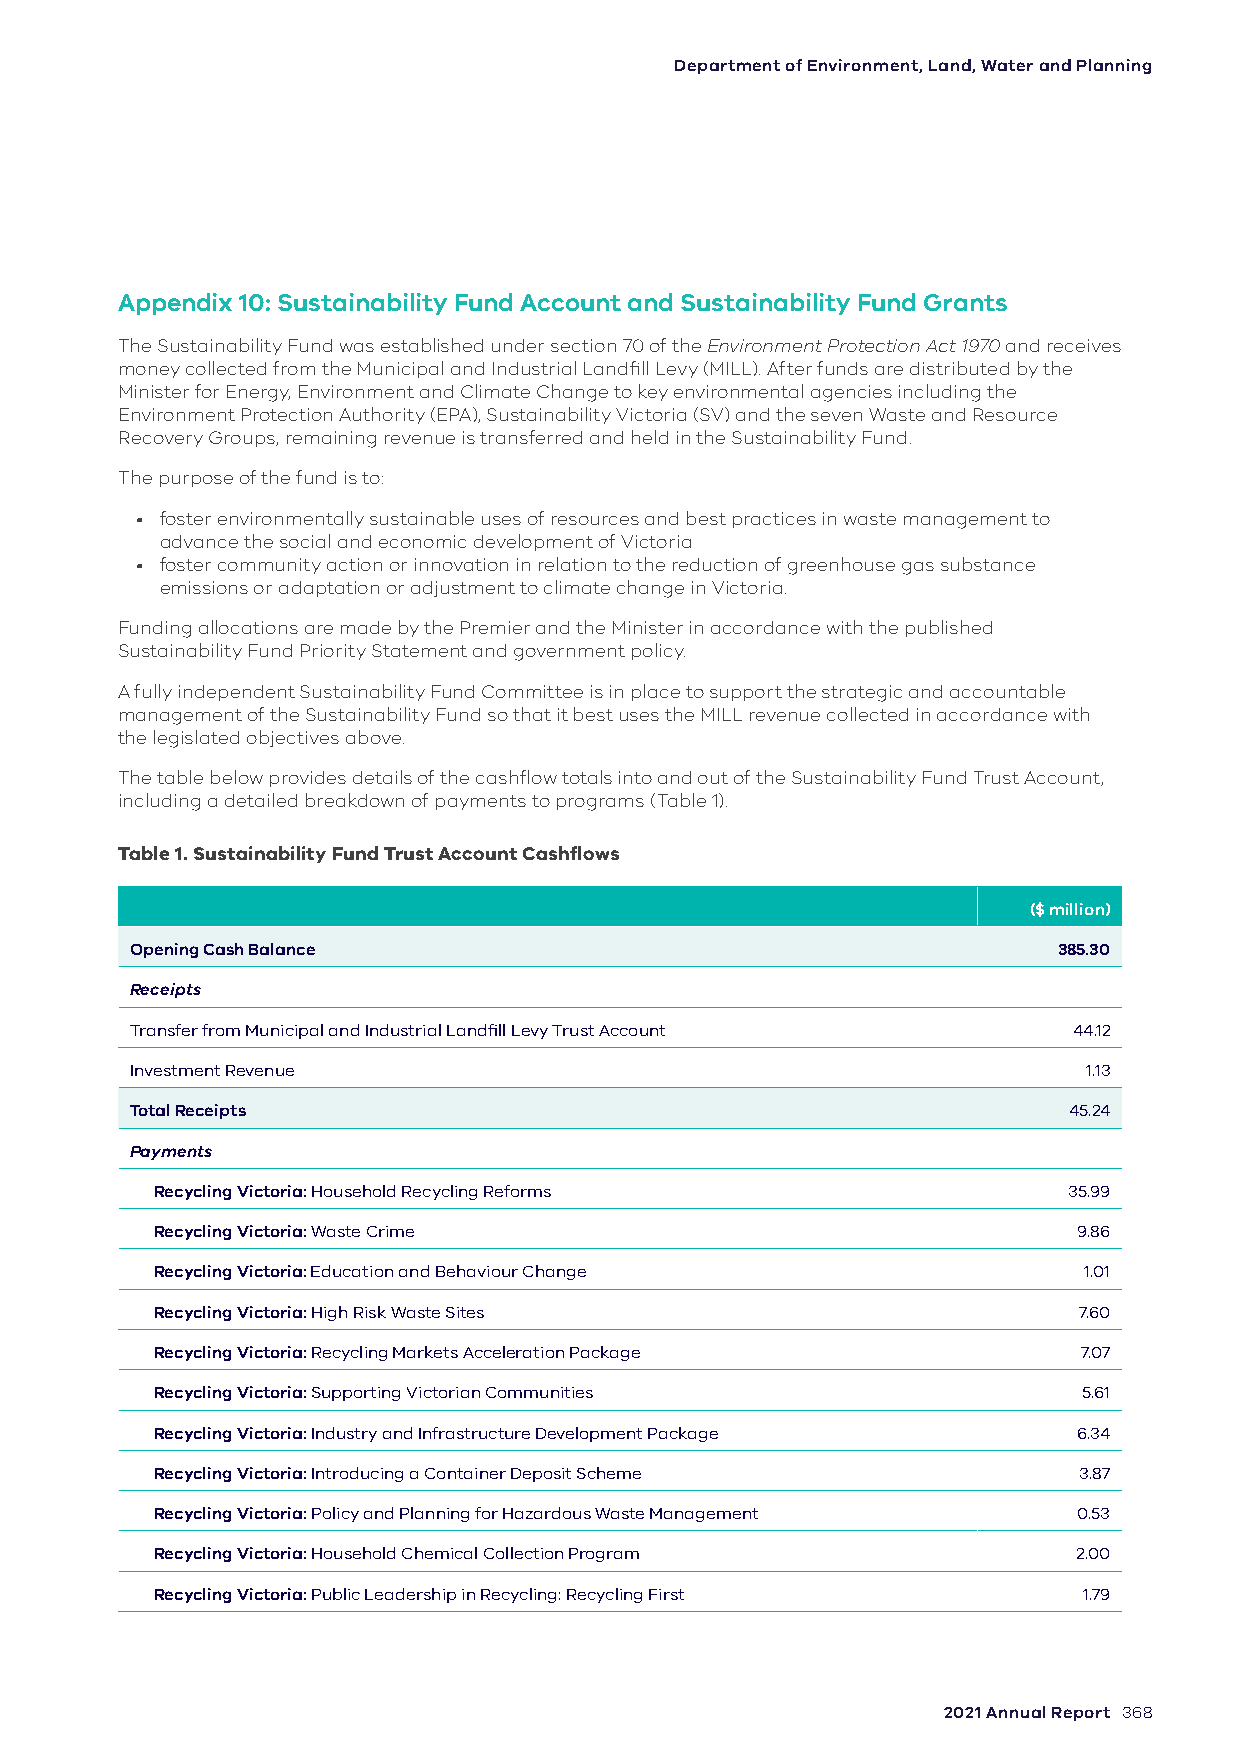
Department of Environment, Land, Water and Planning
 Appendix 10: Sustainability Fund Account and Sustainability Fund Grants
 The Sustainability Fund was established under section 70 of the Environment Protection Act 1970 and receives
 money collected from the Municipal and Industrial Landfill Levy (MILL). After funds are distributed by the
 Minister for Energy, Environment and Climate Change to key environmental agencies including the
 Environment Protection Authority (EPA), Sustainability Victoria (SV) and the seven Waste and Resource
 Recovery Groups, remaining revenue is transferred and held in the Sustainability Fund.
 The purpose of the fund is to:
 • foster environmentally sustainable uses of resources and best practices in waste management to
 advance the social and economic development of Victoria
 • foster community action or innovation in relation to the reduction of greenhouse gas substance
 emissions or adaptation or adjustment to climate change in Victoria.
 Funding allocations are made by the Premier and the Minister in accordance with the published
 Sustainability Fund Priority Statement and government policy.
 A fully independent Sustainability Fund Committee is in place to support the strategic and accountable
 management of the Sustainability Fund so that it best uses the MILL revenue collected in accordance with
 the legislated objectives above.
 The table below provides details of the cashflow totals into and out of the Sustainability Fund Trust Account,
 including a detailed breakdown of payments to programs (Table 1).
 Table 1. Sustainability Fund Trust Account Cashflows
 ($ million)
 Opening Cash Balance                                         385.30
 Receipts
 Transfer from Municipal and Industrial Landfill Levy Trust Account 44.12
 Investment Revenue                                             1.13
 Total Receipts                                                45.24
 Payments
 Recycling Victoria: Household Recycling Reforms              35.99
 Recycling Victoria: Waste Crime                              9.86
 Recycling Victoria: Education and Behaviour Change            1.01
 Recycling Victoria: High Risk Waste Sites                    7.60
 Recycling Victoria: Recycling Markets Acceleration Package    7.07
 Recycling Victoria: Supporting Victorian Communities          5.61
 Recycling Victoria: Industry and Infrastructure Development Package 6.34
 Recycling Victoria: Introducing a Container Deposit Scheme   3.87
 Recycling Victoria: Policy and Planning for Hazardous Waste Management 0.53
 Recycling Victoria: Household Chemical Collection Program    2.00
 Recycling Victoria: Public Leadership in Recycling: Recycling First 1.79
 2021 Annual Report 368